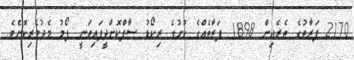
2170 ފަރާތުގެ ތެރެއިން 1898 ފަރާތެއްގެ ކުށުގެ ރިކޯޑު ސާފްކޮށްދީފައިވަނީ ފޯމު މެދުވެރިކޮށެވެ.